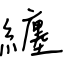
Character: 纏